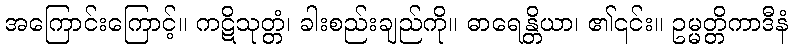
အကြောင်းကြောင့်။ ကဋိသုတ္တံ၊ ခါးစည်းချည်ကို။ ဓာရေန္တိယာ၊ ၏၎င်း။ ဥမ္မတ္တိကာဒီနံ